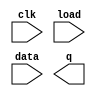
module top_module(
    input clk,
    input load,
    input [255:0] data,
    output [255:0] q ); 

endmodule